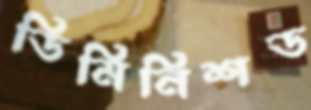
ডিমিনিশড